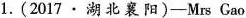
1.(2017 ·湖北襄阳)——Mrs Cao